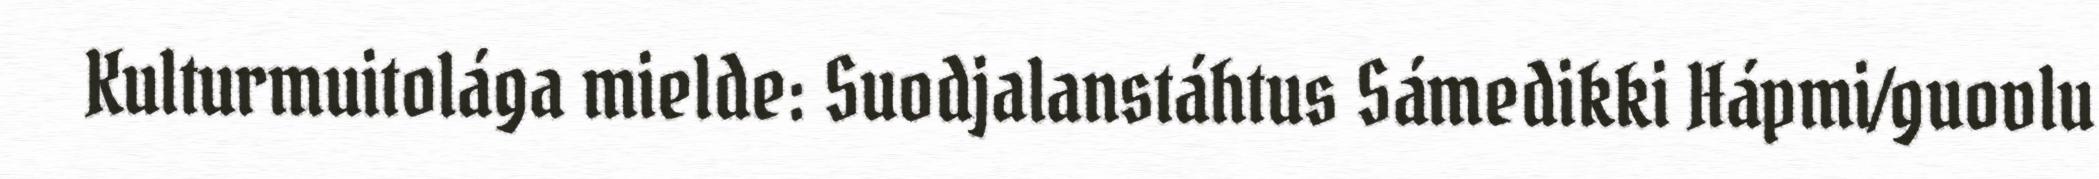
Kulturmuitolága mielde: Suodjalanstáhtus Sámedikki Hápmi/guovlu